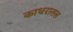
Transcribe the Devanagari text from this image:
काधरातल